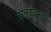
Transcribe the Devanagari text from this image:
इंग्लंडवरचे